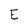
Character: E